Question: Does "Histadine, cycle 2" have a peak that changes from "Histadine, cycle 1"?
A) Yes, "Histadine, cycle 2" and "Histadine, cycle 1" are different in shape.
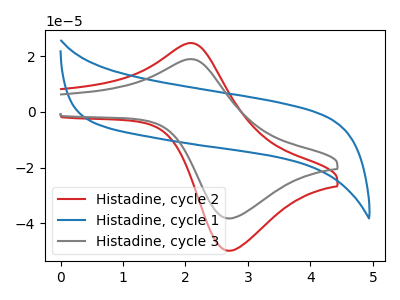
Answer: <think>The red curve "Histadine, cycle 2" has an anodic peak at (2.05V, 24.75uA) and a cathodic peak at (2.70V, -49.85uA). The blue curve "Histadine, cycle 1" has no peaks. The gray curve "Histadine, cycle 3" has an anodic peak at (2.05V, 19.00uA) and a cathodic peak at (2.70V, -38.25uA).
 "Histadine, cycle 2" and "Histadine, cycle 1" have a different number of peaks.</think>
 <answer>A) Yes, "Histadine, cycle 2" and "Histadine, cycle 1" are different in shape.</answer>
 <eval>A</eval>